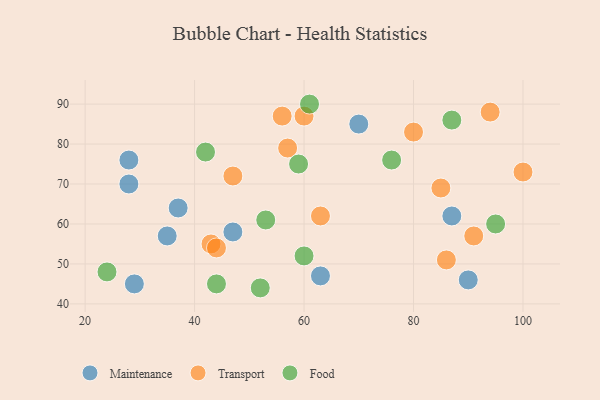
{"axis": {"x": "GDP", "y": "Life Expectancy"}, "legend": ["Food", "Maintenance", "Transport"], "data": [{"x": "35", "y": 57, "type": "Maintenance"}, {"x": "28", "y": 76, "type": "Maintenance"}, {"x": "37", "y": 64, "type": "Maintenance"}, {"x": "63", "y": 47, "type": "Maintenance"}, {"x": "87", "y": 62, "type": "Maintenance"}, {"x": "29", "y": 45, "type": "Maintenance"}, {"x": "90", "y": 46, "type": "Maintenance"}, {"x": "70", "y": 85, "type": "Maintenance"}, {"x": "28", "y": 70, "type": "Maintenance"}, {"x": "47", "y": 58, "type": "Maintenance"}, {"x": "43", "y": 55, "type": "Transport"}, {"x": "85", "y": 69, "type": "Transport"}, {"x": "60", "y": 87, "type": "Transport"}, {"x": "86", "y": 51, "type": "Transport"}, {"x": "47", "y": 72, "type": "Transport"}, {"x": "94", "y": 88, "type": "Transport"}, {"x": "44", "y": 54, "type": "Transport"}, {"x": "56", "y": 87, "type": "Transport"}, {"x": "63", "y": 62, "type": "Transport"}, {"x": "80", "y": 83, "type": "Transport"}, {"x": "91", "y": 57, "type": "Transport"}, {"x": "57", "y": 79, "type": "Transport"}, {"x": "100", "y": 73, "type": "Transport"}, {"x": "24", "y": 48, "type": "Food"}, {"x": "87", "y": 86, "type": "Food"}, {"x": "60", "y": 52, "type": "Food"}, {"x": "76", "y": 76, "type": "Food"}, {"x": "53", "y": 61, "type": "Food"}, {"x": "59", "y": 75, "type": "Food"}, {"x": "95", "y": 60, "type": "Food"}, {"x": "52", "y": 44, "type": "Food"}, {"x": "44", "y": 45, "type": "Food"}, {"x": "61", "y": 90, "type": "Food"}, {"x": "42", "y": 78, "type": "Food"}]}